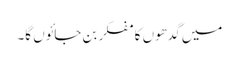
میں گدھوں کا مفکر بن جائوں گا۔